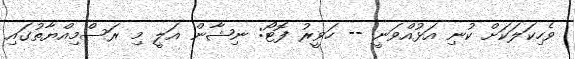
ވެހިކަލަކަށް ކުނި އަޅުއްވަނީ -- ހަވީރު ފޮޓޯ: ނިޝާން އަލީ މި ރަސްމިއްޔާތުގައި